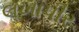
લખાપીર